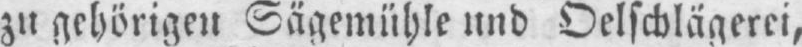
zu gehörigen Sagemühle und Oelschlägerei,